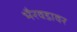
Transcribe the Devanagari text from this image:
भैरवडावर